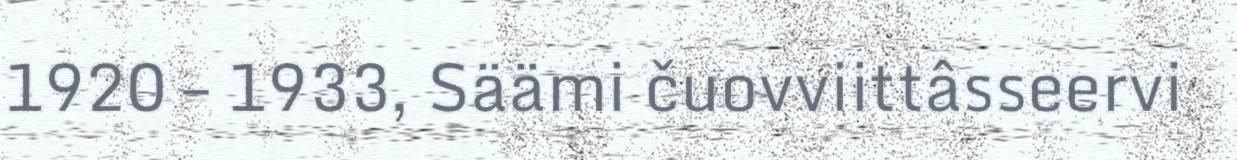
1920 – 1933, Säämi čuovviittâsseervi